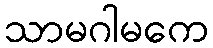
သာမဂါမကေ